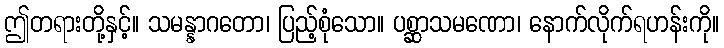
ဤတရားတို့နှင့်။ သမန္နာဂတော၊ ပြည့်စုံသော။ ပစ္ဆာသမဏော၊ နောက်လိုက်ရဟန်းကို။